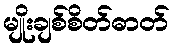
မျိုးချစ်စိတ်ဓာတ်